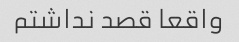
واقعا قصد نداشتم